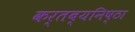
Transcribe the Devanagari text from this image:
कर्तब्यनिष्ठा